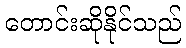
တောင်းဆိုနိုင်သည်